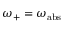
\omega _ { + } = \omega _ { \mathrm { a b s } }